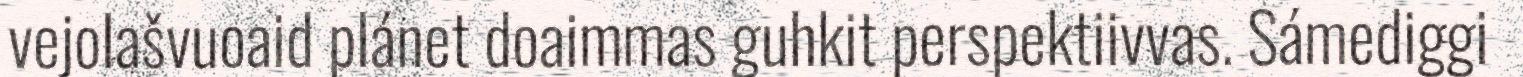
vejolašvuoaid plánet doaimmas guhkit perspektiivvas. Sámediggi